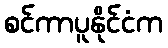
စင်ကာပူနိုင်ငံက